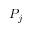
P _ { j }